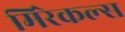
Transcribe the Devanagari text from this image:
मिरेकल्स